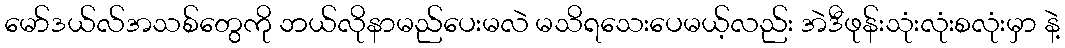
မော်ဒယ်လ်အသစ်တွေကို ဘယ်လိုနာမည်ပေးမလဲ မသိရသေးပေမယ့်လည်း အဲဒီဖုန်းသုံးလုံးစလုံးမှာ နဲ့